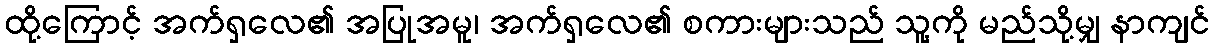
ထို့ကြောင့် အက်ရှလေ၏ အပြုအမူ၊ အက်ရှလေ၏ စကားများသည် သူ့ကို မည်သို့မျှ နာကျင်